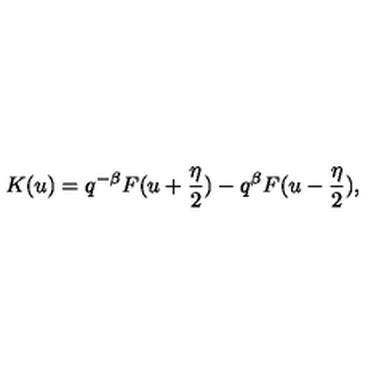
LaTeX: K ( u ) = q ^ { - \beta } F ( u + \frac { \eta } { 2 } ) - q ^ { \beta } F ( u - \frac { \eta } { 2 } ) ,